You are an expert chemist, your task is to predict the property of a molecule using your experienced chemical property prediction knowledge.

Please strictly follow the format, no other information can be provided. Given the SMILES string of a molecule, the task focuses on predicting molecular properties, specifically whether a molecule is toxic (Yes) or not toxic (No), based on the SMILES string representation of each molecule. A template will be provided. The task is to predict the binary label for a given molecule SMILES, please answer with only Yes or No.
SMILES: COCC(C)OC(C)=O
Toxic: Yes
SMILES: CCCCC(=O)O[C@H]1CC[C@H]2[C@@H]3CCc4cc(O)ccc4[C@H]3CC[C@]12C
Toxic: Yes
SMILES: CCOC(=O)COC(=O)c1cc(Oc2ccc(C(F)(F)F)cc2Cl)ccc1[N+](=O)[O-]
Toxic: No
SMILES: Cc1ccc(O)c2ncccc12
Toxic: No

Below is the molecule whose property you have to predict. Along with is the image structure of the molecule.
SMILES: CC1CCCCN1CCCOC(=O)c1ccccc1
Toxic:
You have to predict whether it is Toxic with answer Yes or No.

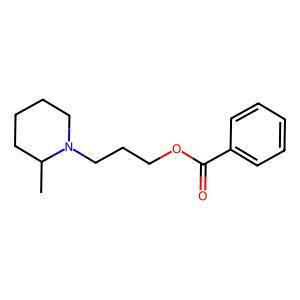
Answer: No